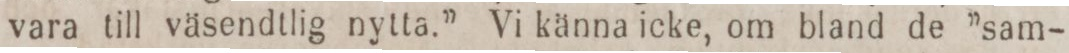
vara till väsendtlig nytta.” Vi känna icke, om bland de ”sam-